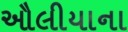
ઔલીયાના